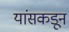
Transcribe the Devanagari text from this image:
यांसकडून